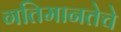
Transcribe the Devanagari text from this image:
गतिमानतेचे